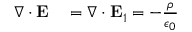
\begin{array} { r l } { \nabla \cdot \mathbf { E } } & { { } = \nabla \cdot \mathbf { E } _ { 1 } = - \frac { \rho } { \epsilon _ { 0 } } } \end{array}